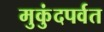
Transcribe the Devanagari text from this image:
मुकुंदपर्वत